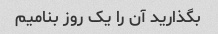
بگذارید آن را یک روز بنامیم